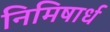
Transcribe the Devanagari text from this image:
निमिषार्ध